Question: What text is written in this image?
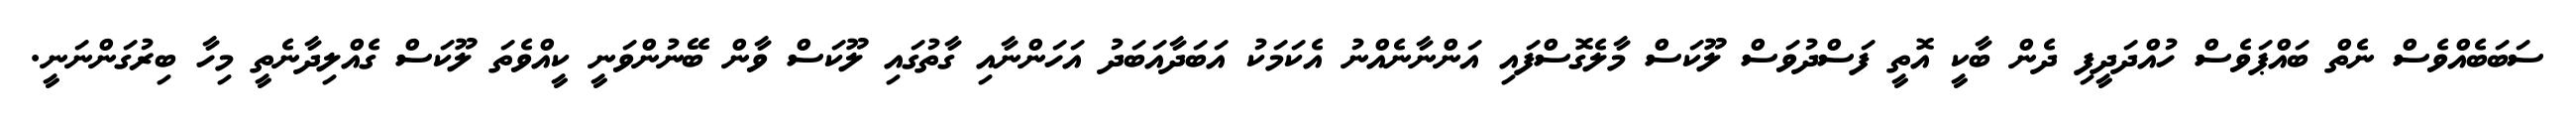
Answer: ސަބަބެއްވެސް ނެތް ބައްޕަވެސް ހުއްދަދީފި ދެން ބާކީ އޮތީ ފަސްދުވަސް ލޫކަސް މާލެގޮސްފައި އަންނާނެއްނު އެކަމަކު އަބަދާއަބަދު އަހަންނާއި ގާތުގައި ލޫކަސް ވާން ބޭނުންވަނީ ކީއްވެތަ ލޫކަސް ގެއްލިދާނެތީ މިހާ ބިރުގަންނަނީ.